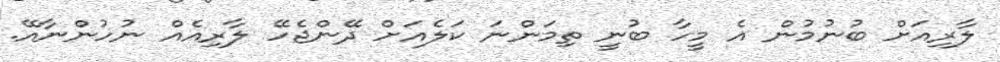
ލާރިއަށް ބުނުމުން އެ މީހާ ބުނީ ތިމަންނަ ކަލެއަށް ދޭންޖެހޭ ލާރިއެއް ނުހުންނާއޭ.